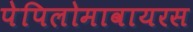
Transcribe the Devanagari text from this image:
पेपिलोमावायरस